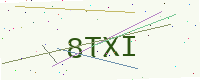
Text: 8TXI